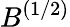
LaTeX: B^{(1/2)}